Calcutta medical institutions reports 1879-81 [i.e.91]
Year: 1879
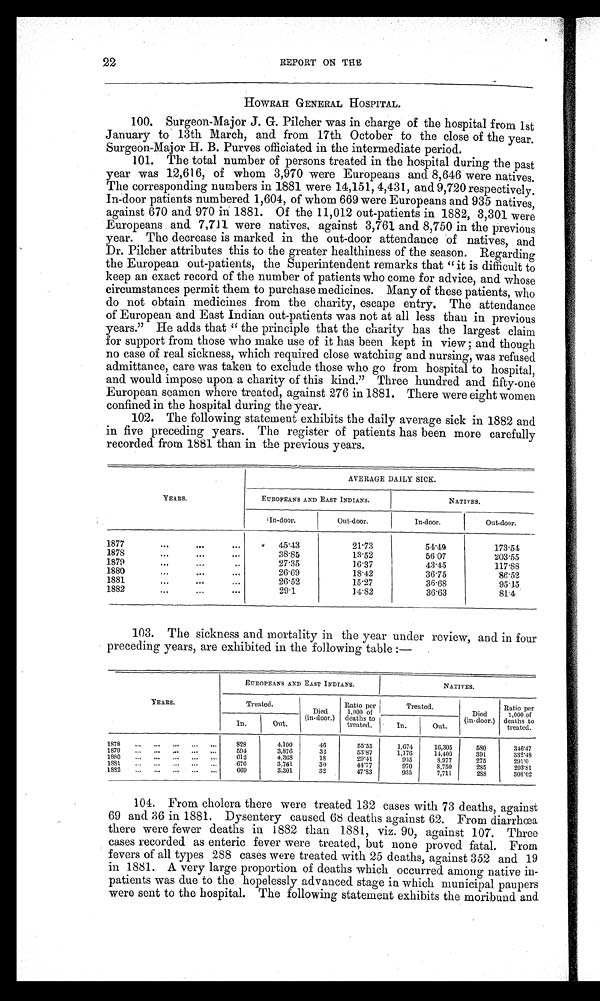
22
REPORT ON THE
HOWRAH GENERAL HOSPITAL.
100. Surgeon-Major J. G. Pilcher was in charge of the hospital from 1st
January to 13th March, and from 17th October to the close of the year.
Surgeon-Major H. B. Purves officiated in the intermediate period.
101. The total number of persons treated in the hospital during the past
year was 12,616, of whom 3,970 were Europeans and 8,646 were natives.
The corresponding numbers in 1881 were 14,151, 4,431, and 9,720 respectively.
In-door patients numbered 1,604, of whom 669 were Europeans and 935 natives,
against 670 and 970 in 1881. Of the 11,012 out-patients in 1882, 3,301 were
Europeans and. 7,711 were natives, against 3,761 and 8,750 in the previous
year. The decrease is marked in the out-door attendance of natives, and
Dr. Pilcher attributes this to the greater healthiness of the season. Regarding
the European out-patients, the Superintendent remarks that "it is difficult to
keep an exact record of the number of patients who come for advice, and whose
circumstances permit them to purchase medicines. Many of these patients, who
do not obtain medicines from the charity, escape entry. The attendance
of European and East Indian out-patients was not at all less than in previous
years." He adds that "the principle that the charity has the largest claim
for support from those who make use of it has been kept in view ; and though
no case of real sickness, which required close watching and nursing, was refused
admittance, care was taken to exclude those who go from hospital to hospital,
and would impose upon a charity of this kind." Three hundred and fifty-one
European seamen where treated, against 276 in 1881. There were eight women
confined in the hospital during the year.
102.
The following statement exhibits the daily average sick in 1882 and
in five preceding years. The register of patients has been more carefully
recorded from 1881 than in the previous years.
YEARS.
AVERAGE DAILY SICK.
EUROPEANS AND EAST INDIANS.
NATIVES.
In-door.
Out-door.
In-door.
Out-door.
1877
...
...
. . .
45.43
2 1 . 7 3
54.49
1 7 3 . 5 4
1878
...
...
. . .
3 8 . 8 5
13.52
5 6 . 0 7
2 0 3 . 5 5
1879...
...
...
2 7 . 3 5
16.37
4 3 . 4 5
1 1 7 . 8 8
1880
...
...
...
26.69
1 8 . 4 2
36.75
86.52
1881
...
...
...
26.52
15.27
3 6 . 6 8
9 5 . 1 5
1882
...
...
...
2 9 . 1
14.82
3 6 . 6 3
8 1 . 4
103.
The sickness and mortality in the year under review, and in four
preceding years, are exhibited in the following table :—
YEARS.
EUROPEANS AND EAST INDIANS.
NATIVES.
Treated.
Died
(in-door.)
Ratio per
1,000 of
deaths to
treated.
Treated.
Died
(in-door.)
Ratio per
1,000 of
deaths to
treated.
In. Out.
In.
Out.
1 8 7 8 . . . . . . . . . . . . . . .
828
4,100
4 6
55.55
1,674
16,305
5 8 0
346.47
1579 ... ... ... ... ...
594
3,876
33
53.87
1,176
14,400
391
332. 48
1880 ... ... ... ... ...
612
4 , 3 6 8
18
29.41
945
8.977
275
291.0
1881 ... ... ... ... ...
670
3,761
30
44.77
970
8 , 7 5 0
2 8 5
293.81
1882 ... ... ... ... ...
669
3,301
32
47.83
935
7,711
2 8 8
308.02
104. From cholera there were treated 132 cases with 73 deaths, against
69 and 36 in 1881. Dysentery caused 68 deaths against 62. From diarrhœa
there were fewer deaths in 1882 than 1881, viz. 90, against 107. Three
cases recorded as enteric fever were treated, but none proved fatal. From
fevers of all types 288 cases were treated with 25 deaths, against 352 and 19
in 1881. A very large proportion of deaths which occurred among native in-
patients was due to the hopelessly advanced stage in which municipal paupers
were sent to the hospital. The following statement exhibits the moribund and